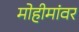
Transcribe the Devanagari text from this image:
मोहीमांवर